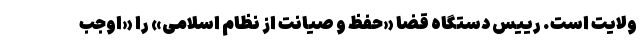
ولایت است. رییس دستگاه قضا «حفظ و صیانت از نظام اسلامی» را «اوجب